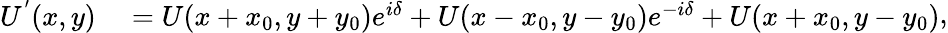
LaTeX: \begin{array}{rl}{U^{^{\prime}}(x,y)}&{{}=U(x+x_{0},y+y_{0})e^{i\delta}+U(x-x_{0},y-y_{0})e^{-i\delta}+U(x+x_{0},y-y_{0})}\end{array},